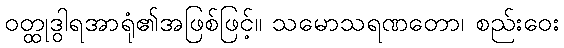
ဝတ္ထုဒွါရအာရုံ၏အဖြစ်ဖြင့်။ သမောသရဏတော၊ စည်းဝေး